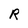
Character: R